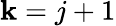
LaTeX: \mathbf{k}=j+1